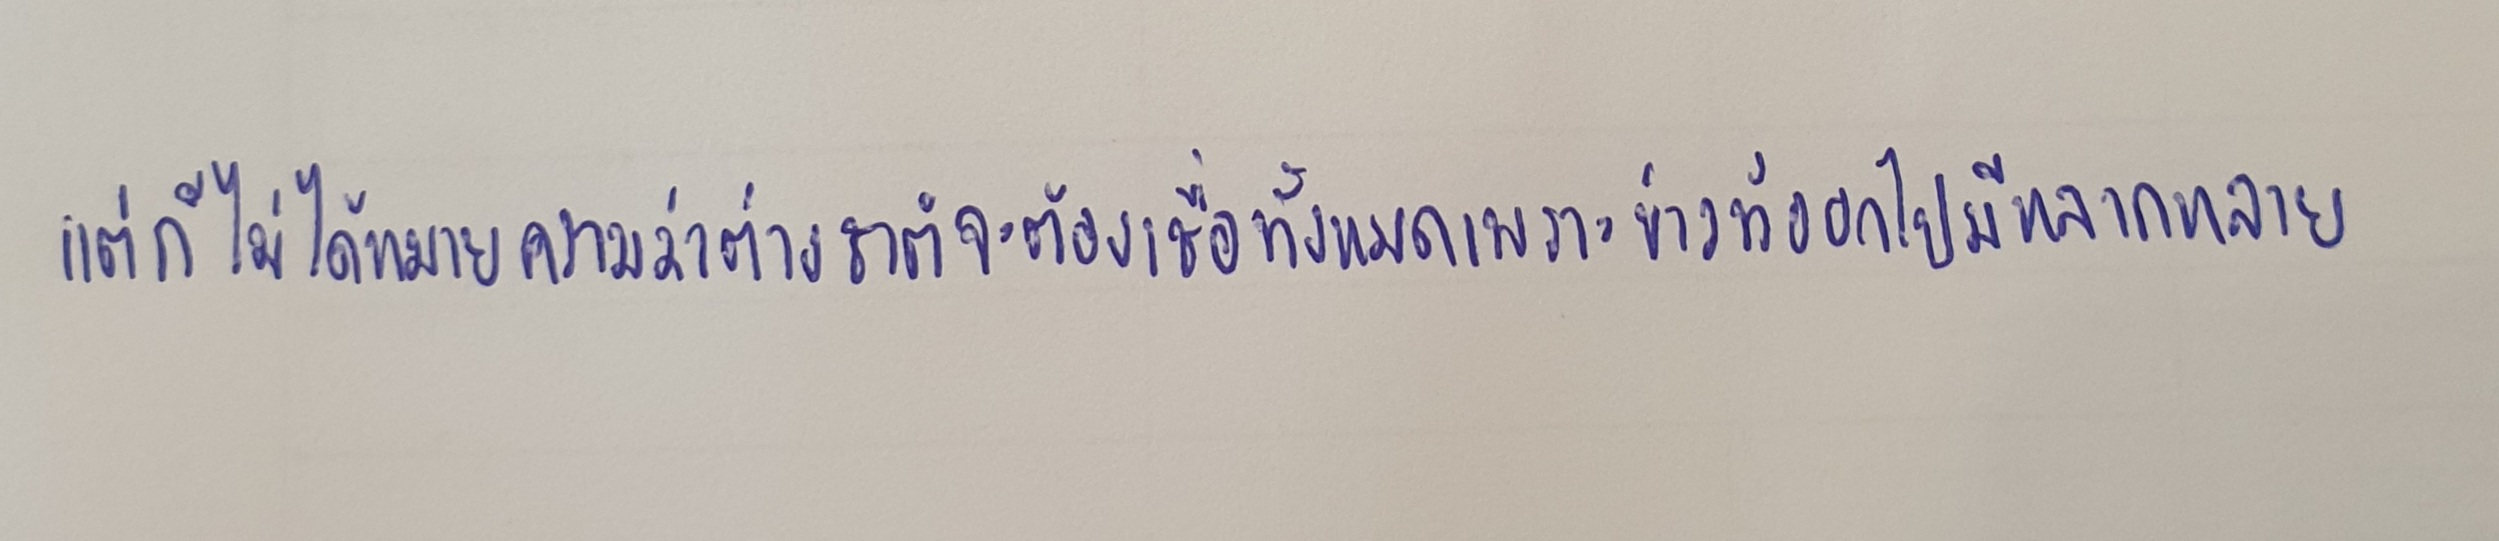
แต่ก็ไม่ได้หมายความว่าต่างชาติจะต้องเชื่อทั้งหมดเพราะข่าวที่ออกไปมีหลากหลาย